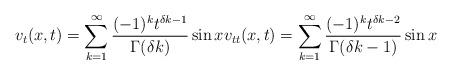
LaTeX: \begin{align*}v_t(x,t) = \sum_{k=1}^\infty \frac{(-1)^kt^{\delta k-1}}{\Gamma (\delta k)} \sin xv_{tt}(x,t) = \sum_{k=1}^\infty \frac{(-1)^kt^{\delta k-2}}{\Gamma (\delta k -1)} \sin x\end{align*}